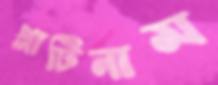
প্লাটিনাম